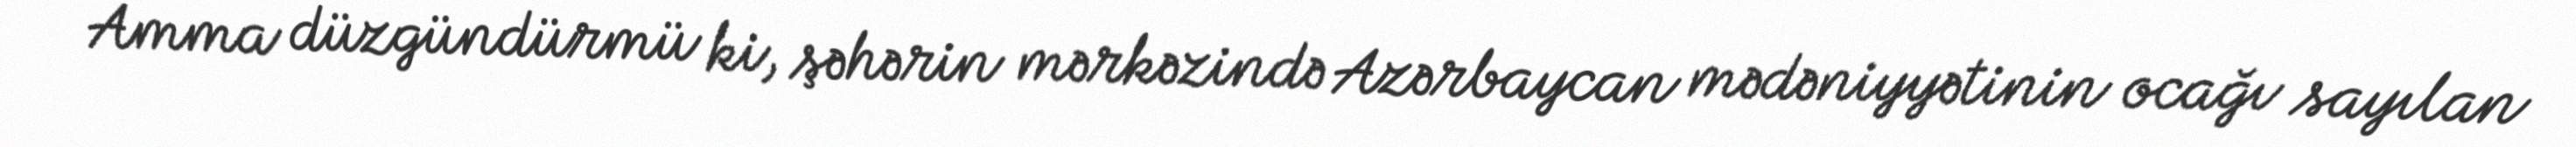
Amma düzgündürmü ki, şəhərin mərkəzində Azərbaycan mədəniyyətinin ocağı sayılan